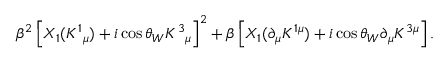
\beta ^ { 2 } \left[ X _ { 1 } ( K ^ { 1 } { } _ { \mu } ) + i \cos { \theta _ { W } } K ^ { 3 } { } _ { \mu } \right] ^ { 2 } + \beta \left[ X _ { 1 } ( \partial _ { \mu } K ^ { 1 \mu } ) + i \cos { \theta _ { W } } \partial _ { \mu } K ^ { 3 \mu } \right] .